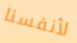
لأنفسنا